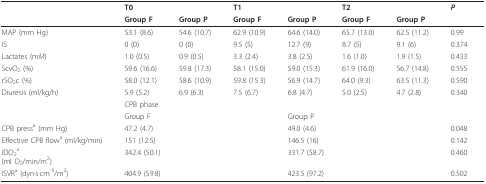
<table><thead><tr><td></td><td colspan="2"><b>T0</b></td><td colspan="2"><b>T1</b></td><td colspan="2"><b>T2</b></td><td><b><i>P</i></b></td></tr><tr><td></td><td><b>Group F</b></td><td><b>Group P</b></td><td><b>Group F</b></td><td><b>Group P</b></td><td><b>Group F</b></td><td><b>Group P</b></td><td></td></tr></thead><tbody><tr><td>MAP (mm Hg)</td><td>53.1 (8.6)</td><td>54.6 (10.7)</td><td>62.9 (10.9)</td><td>64.6 (14.0)</td><td>65.7 (13.0)</td><td>62.5 (11.2)</td><td>0.99</td></tr><tr><td>IS</td><td>0 (0)</td><td>0 (0)</td><td>9.5 (5)</td><td>12.7 (9)</td><td>8.7 (5)</td><td>9.1 (6)</td><td>0.374</td></tr><tr><td>Lactates (m<i>M</i>)</td><td>1.0 (0.5)</td><td>0.9 (0.5)</td><td>3.3 (2.4)</td><td>3.8 (2.5)</td><td>1.6 (1.0)</td><td>1.9 (1.5)</td><td>0.433</td></tr><tr><td>ScvO<sub>2 </sub>(%)</td><td>59.6 (16.6)</td><td>59.8 (17.3)</td><td>58.1 (15.0)</td><td>59.0 (15.3)</td><td>61.9 (16.0)</td><td>56.7 (14.8)</td><td>0.555</td></tr><tr><td>rSO<sub>2</sub>c (%)</td><td>58.0 (12.1)</td><td>58.6 (10.9)</td><td>59.8 (15.3)</td><td>56.9 (14.7)</td><td>64.0 (9.3)</td><td>63.5 (11.3)</td><td>0.590</td></tr><tr><td>Diuresis (ml/kg/h)</td><td>5.9 (5.2)</td><td>6.9 (6.3)</td><td>7.5 (6.7)</td><td>6.8 (4.7)</td><td>5.0 (2.5)</td><td>4.7 (2.8)</td><td>0.340</td></tr><tr><td></td><td colspan="3">CPB phase</td><td></td><td></td><td></td><td></td></tr><tr><td></td><td colspan="3">Group F</td><td colspan="3">Group P</td><td></td></tr><tr><td>CPB press<sup>a </sup>(mm Hg)</td><td colspan="3">47.2 (4.7)</td><td colspan="3">49.0 (4.6)</td><td>0.048</td></tr><tr><td>Effective CPB flow<sup>a </sup>(ml/kg/min)</td><td colspan="3">151 (12.5)</td><td colspan="3">146.5 (16)</td><td>0.142</td></tr><tr><td>IDO<sub>2</sub><sup>a</sup>(ml O<sub>2</sub>/min/m<sup>2</sup>)</td><td colspan="3">342.4 (50.1)</td><td colspan="3">331.7 (58.7)</td><td>0.460</td></tr><tr><td>ISVR<sup>a </sup>(dyn·s·cm<sup>-5</sup>/m<sup>2</sup>)</td><td colspan="3">404.9 (59.8)</td><td colspan="3">423.5 (97.2)</td><td>0.502</td></tr></tbody></table>